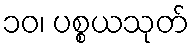
၁၀၊ ပစ္စယသုတ်